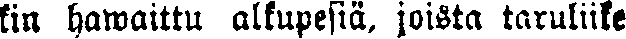
kin hawaittu alkupesiä, joista taruliike